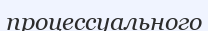
процессуального